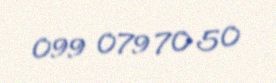
099 079 70 50